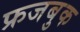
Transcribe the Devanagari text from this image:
फ्रजबुक